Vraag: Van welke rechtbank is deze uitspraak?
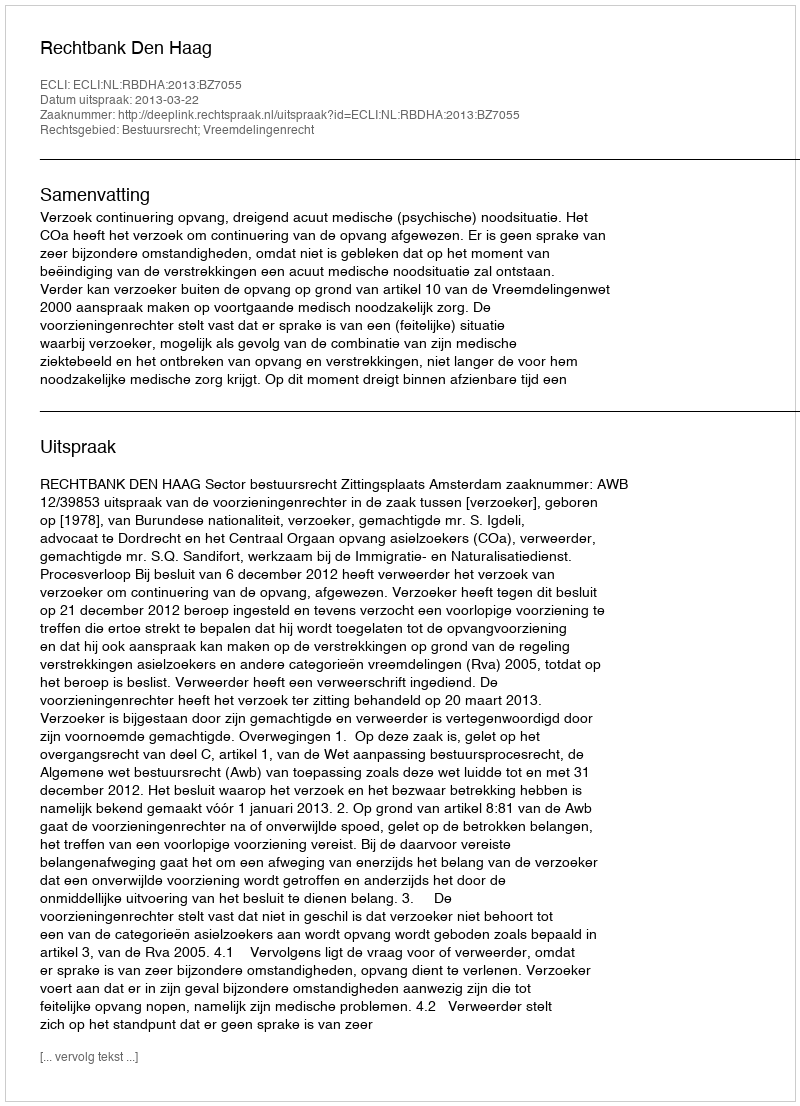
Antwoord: Rechtbank Den Haag